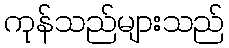
ကုန်သည်များသည်